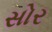
સોર